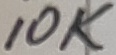
Text: 10K